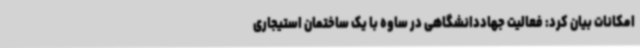
امکانات بیان کرد: فعالیت جهاددانشگاهی در ساوه با یک ساختمان استیجاری